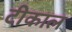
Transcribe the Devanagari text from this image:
टीकाल